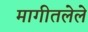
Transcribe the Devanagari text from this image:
मागीतलेले